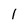
Character: 1